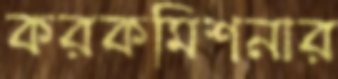
করকমিশনার